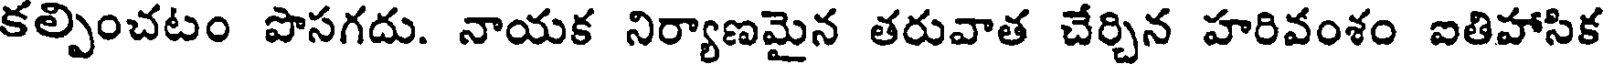
కల్పించటం పొసగదు. నాయక నిర్యాణమైన తరువాత చేర్చిన హరివంశం ఐతిహాసిక